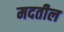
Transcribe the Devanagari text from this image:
मदतील